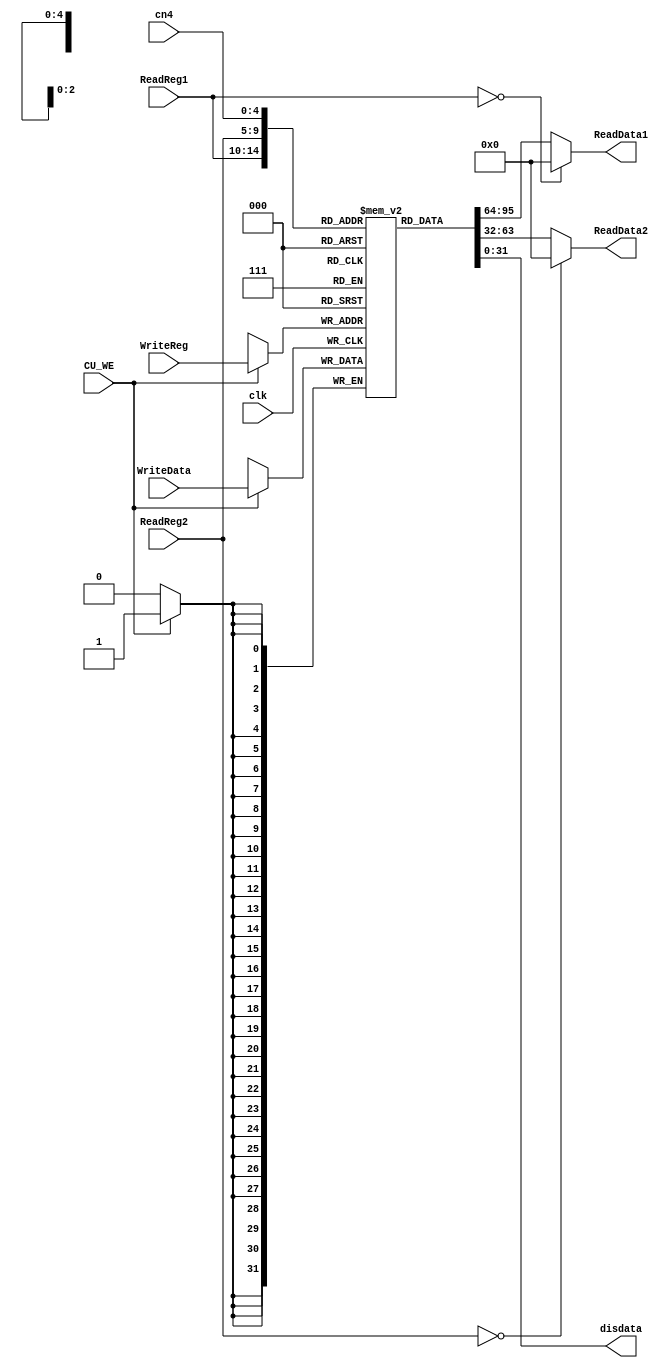
`timescale 1ns / 1ps

module RegFile(
	input clk,CU_WE,
	input [4:0]ReadReg1,
	input [4:0]ReadReg2,
	input [4:0]WriteReg,
	input [31:0]WriteData,
	output [31:0]ReadData1,
	output [31:0]ReadData2,
	input [4:0]cn4,
	output [31:0]disdata
);

reg [31:0] register [31:0];

always @(negedge clk)
if(CU_WE==1) register[WriteReg] <= WriteData;

assign ReadData1 = (ReadReg1==0) ? 0 : register[ReadReg1];
assign ReadData2 = (ReadReg2==0) ? 0 : register[ReadReg2];
assign disdata = register[cn4];

endmodule